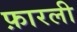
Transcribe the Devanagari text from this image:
फ़ारली